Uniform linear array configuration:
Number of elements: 64
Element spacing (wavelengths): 1
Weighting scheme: hamming
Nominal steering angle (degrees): -45
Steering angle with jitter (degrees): -46.385
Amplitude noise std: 0.05
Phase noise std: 0.05

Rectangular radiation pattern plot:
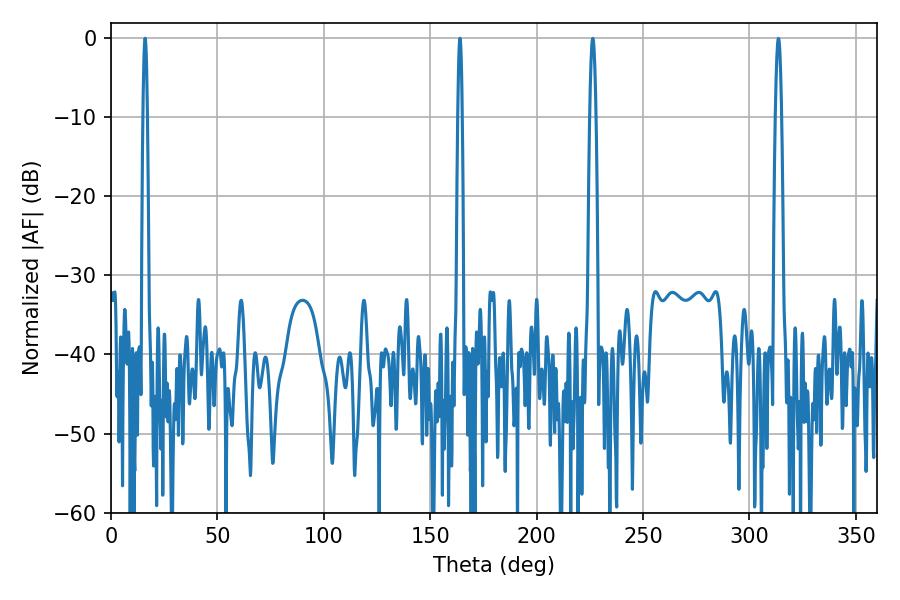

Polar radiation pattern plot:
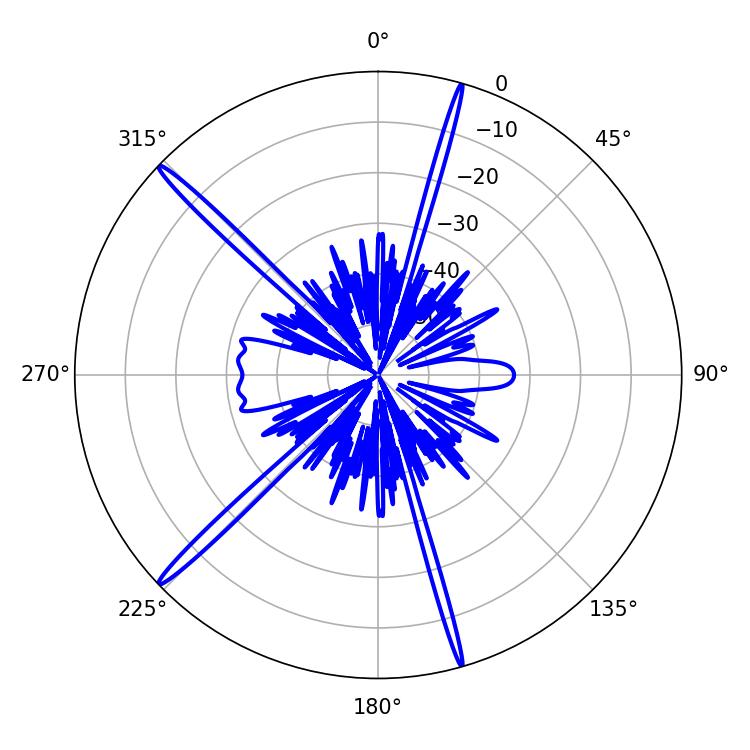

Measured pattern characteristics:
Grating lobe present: TRUE
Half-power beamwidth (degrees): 1.08
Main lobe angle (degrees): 16.02